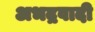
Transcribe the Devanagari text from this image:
अभद्रवादी